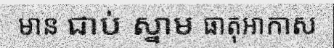
មាន ជាប់ ស្នាម ធាតុអាកាស